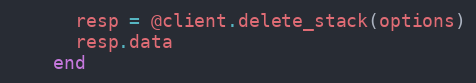
Language: Ruby
      resp = @client.delete_stack(options)
      resp.data
    end